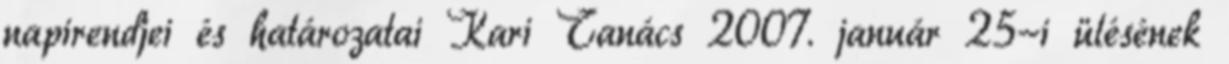
napirendjei és határozatai Kari Tanács 2007. január 25-i ülésének